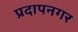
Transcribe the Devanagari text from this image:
प्रदापनगर